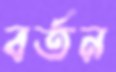
বর্তন